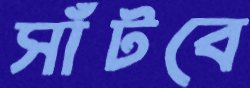
সাঁটবে